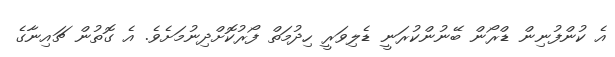
އެ ކުންފުނިން ޑްރޯން ބޭނުންކުރަނީ ޑެލިވަރީ ހިދުމަތް ފޯރުކޮށްދިނުމަށެވެ. އެ ގޮތުން ޗައިނާގެ